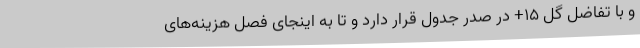
و با تفاضل گل 15+ در صدر جدول قرار دارد و تا به اینجای فصل هزینه‌های